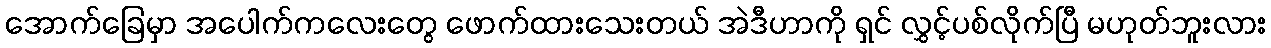
အောက်ခြေမှာ အပေါက်ကလေးတွေ ဖောက်ထားသေးတယ် အဲဒီဟာကို ရှင် လွှင့်ပစ်လိုက်ပြီ မဟုတ်ဘူးလား